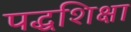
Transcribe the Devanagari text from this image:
पद्धशिक्षा